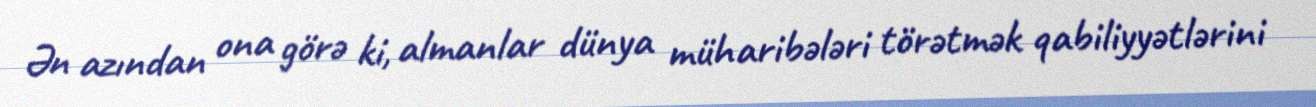
Ən azından ona görə ki, almanlar dünya müharibələri törətmək qabiliyyətlərini